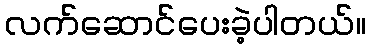
လက်ဆောင်ပေးခဲ့ပါတယ်။